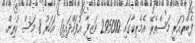
ފެބްރުއަރީ މަސްތެރޭ އެމެރިކާގައި 295000 ވަޒީފާ އުފައްދައިފި1 އަހަރު 8 މަސް ކުރިން.